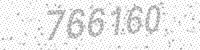
Solution: 766160